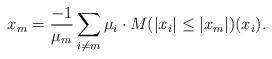
LaTeX: \begin{align*}x_m = \frac{-1}{\mu_m} \sum_{i \neq m} \mu_i \cdot M (|x_i| \leq |x_m|)(x_i).\end{align*}